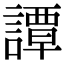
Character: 譚